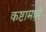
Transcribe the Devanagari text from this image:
कष्टामध्ये